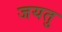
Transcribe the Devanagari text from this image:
जयतु